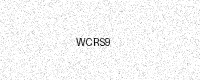
Text: WCRS9